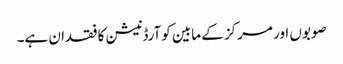
صوبوں اور مرکز کے مابین کوآرڈنیشن کا فقدان ہے۔